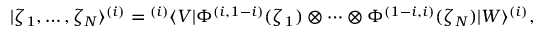
| \zeta _ { 1 } , \ldots , \zeta _ { N } \rangle ^ { ( i ) } = { } ^ { ( i ) } \langle V | \Phi ^ { ( i , 1 - i ) } ( \zeta _ { 1 } ) \otimes \cdots \otimes \Phi ^ { ( 1 - i , i ) } ( \zeta _ { N } ) | W \rangle ^ { ( i ) } ,